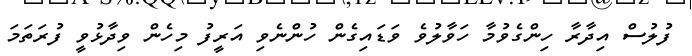
ފުލުުސް އިދާރާ ހިންގެވުމާ ހަވާލުވެ ވަޑައިގެން ހުންނެވި އަރީފު މިހެން ވިދާޅުވީ ފުރަތަމަ